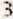
3